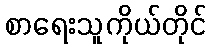
စာရေးသူကိုယ်တိုင်